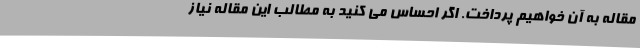
مقاله به آن خواهیم پرداخت. اگر احساس می کنید به مطالب این مقاله نیاز